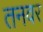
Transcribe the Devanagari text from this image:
तनवर